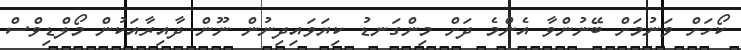
ކޯހަށް ވަނުމަށް ބޭނުންވާ އެންމެ ދަށް މިންގަނޑު ކިޔަވައިދިނުން ނޫން ދާއިރާއަކުން މޯލްޑިވްސް